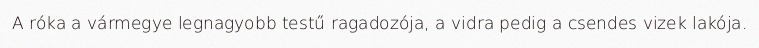
A róka a vármegye legnagyobb testű ragadozója, a vidra pedig a csendes vizek lakója.